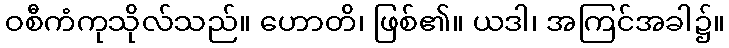
ဝစီကံကုသိုလ်သည်။ ဟောတိ၊ ဖြစ်၏။ ယဒါ၊ အကြင်အခါ၌။